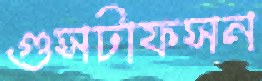
গুসটাফসন